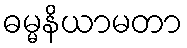
ဓမ္မနိယာမတာ